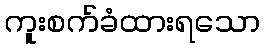
ကူးစက်ခံထားရသော